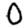
Digit: 0